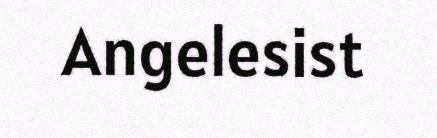
Angelesist